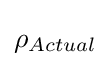
\rho _{Actual}\,\!